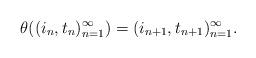
LaTeX: \begin{align*}\theta((i_{n},t_{n})_{n=1}^{\infty}) = (i_{n+1},t_{n+1})_{n=1}^{\infty}.\end{align*}